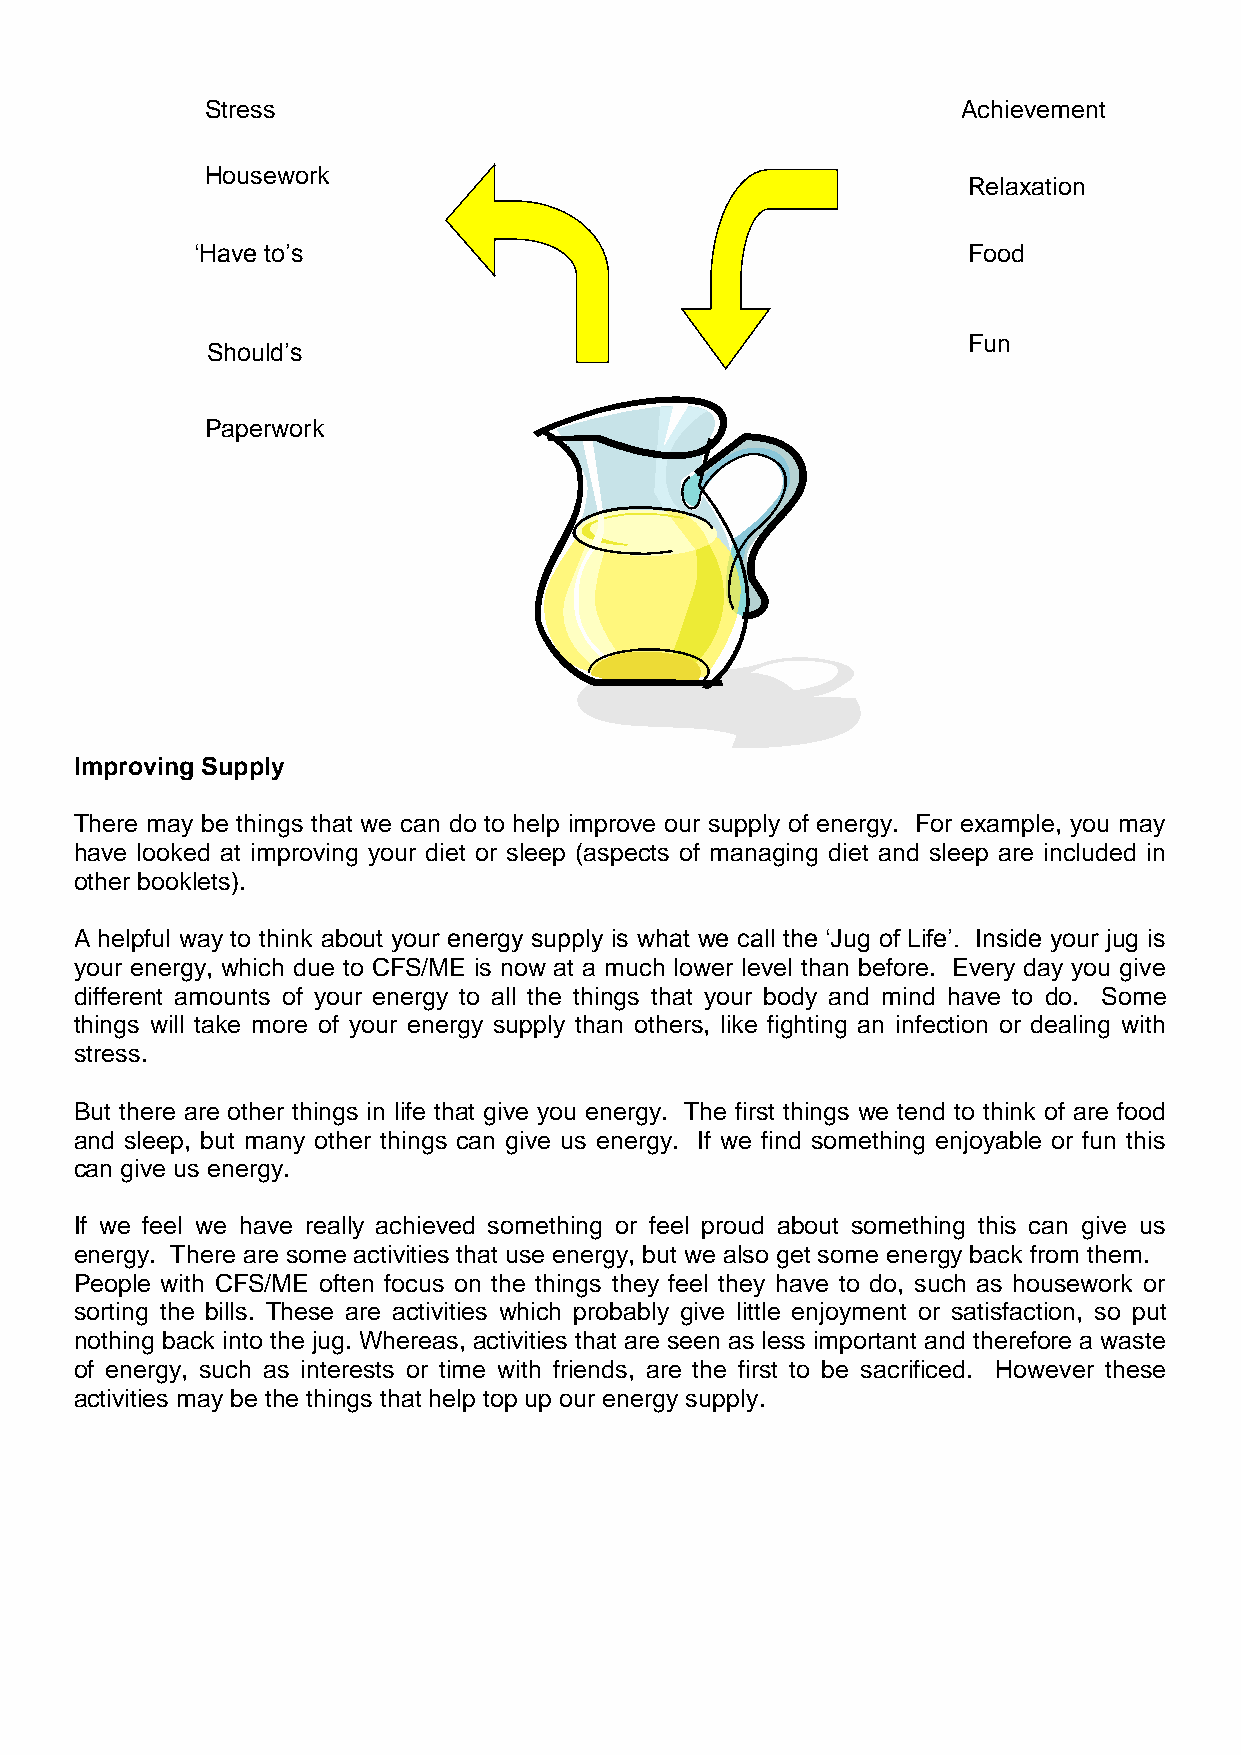
Stress                                            Achievement
 Housework
 Relaxation
 ‘Have to’s                                         Food
 Sleep
 Fun
 Should’s
 Paperwork
 Improving Supply
 There may be things that we can do to help improve our supply of energy. For example, you may
 have looked at improving your diet or sleep (aspects of managing diet and sleep are included in
 other booklets).
 A helpful way to think about your energy supply is what we call the ‘Jug of Life’. Inside your jug is
 your energy, which due to CFS/ME is now at a much lower level than before. Every day you give
 different amounts of your energy to all the things that your body and mind have to do. Some
 things will take more of your energy supply than others, like fighting an infection or dealing with
 stress.
 But there are other things in life that give you energy. The first things we tend to think of are food
 and sleep, but many other things can give us energy. If we find something enjoyable or fun this
 can give us energy.
 If we feel we have really achieved something or feel proud about something this can give us
 energy. There are some activities that use energy, but we also get some energy back from them.
 People with CFS/ME often focus on the things they feel they have to do, such as housework or
 sorting the bills. These are activities which probably give little enjoyment or satisfaction, so put
 nothing back into the jug. Whereas, activities that are seen as less important and therefore a waste
 of energy, such as interests or time with friends, are the first to be sacrificed. However these
 activities may be the things that help top up our energy supply.